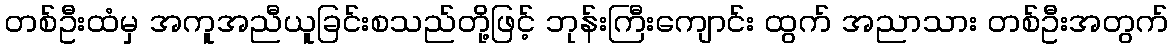
တစ်ဦးထံမှ အကူအညီယူခြင်းစသည်တို့ဖြင့် ဘုန်းကြီးကျောင်း ထွက် အညာသား တစ်ဦးအတွက်